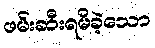
ဖမ်းဆီးရမိခဲ့သော